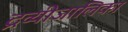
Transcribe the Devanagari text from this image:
द्रव्यीजालिका